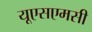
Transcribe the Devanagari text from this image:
यूएसएमसी